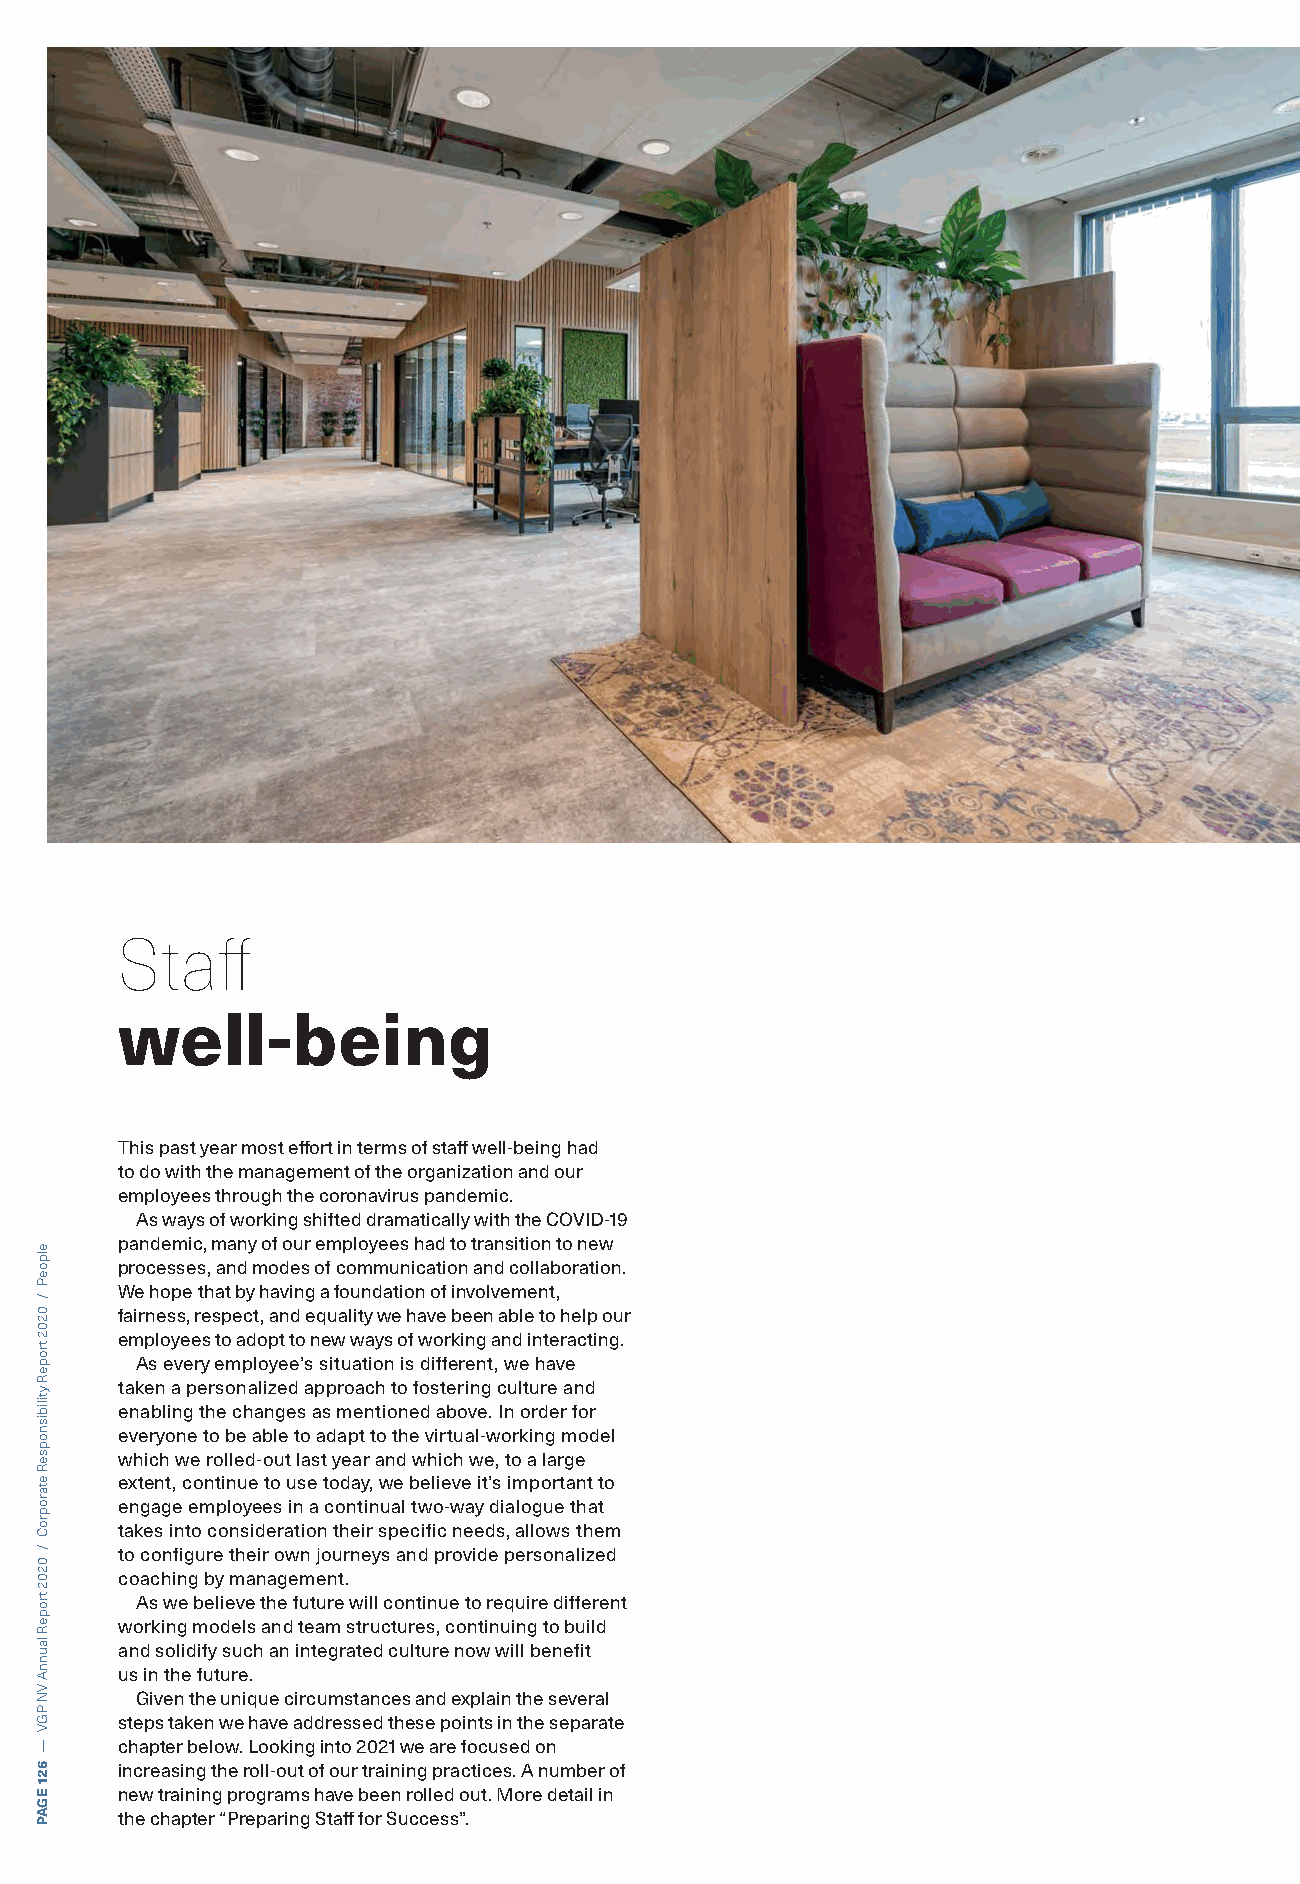
Staff
 well-being
 This past year most eff ort in terms of staff well-being had
 to do with the management of the organization and our
 employees through the coronavirus pandemic.
 As ways of working shifted dramatically with the COVID-19
 pandemic, many of our employees had to transition to new
 processes, and modes of communication and collaboration.
 We hope that by having a foundation of involvement,
 fairness, respect, and equality we have been able to help our
 employees to adopt to new ways of working and interacting.
 As every employee’s situation is different, we have
 taken a personalized approach to fostering culture and
 enabling the changes as mentioned above. In order for
 everyone to be able to adapt to the virtual-working model
 which we rolled-out last year and which we, to a large
 extent, continue to use today, we believe it’s important to
 engage employees in a continual two-way dialogue that
 takes into consideration their specific needs, allows them
 to configure their own journeys and provide personalized
 coaching by management.
 As we believe the future will continue to require different
 working models and team structures, continuing to build
 and solidify such an integrated culture now will benefit
 us in the future.
 Given the unique circumstances and explain the several
 steps taken we have addressed these points in the separate
 chapter below. Looking into 2021 we are focused on
 increasing the roll-out of our training practices. A number of
 new training programs have been rolled out. More detail in
 the chapter “Preparing Staff for Success”.
 elpoeP
 /
 0202
 tropeR
 ytilibisnopseR
 etaroproC
 /
 0202
 tropeR
 launnA
 VN
 PGV
 —
 621
 EGAP